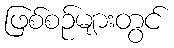
ဖြစ်စဉ်များတွင်